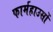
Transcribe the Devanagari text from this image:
फार्महाउसों